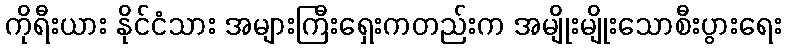
ကိုရီးယား နိုင်ငံသား အများကြီးရှေးကတည်းက အမျိုးမျိုးသောစီးပွားရေး